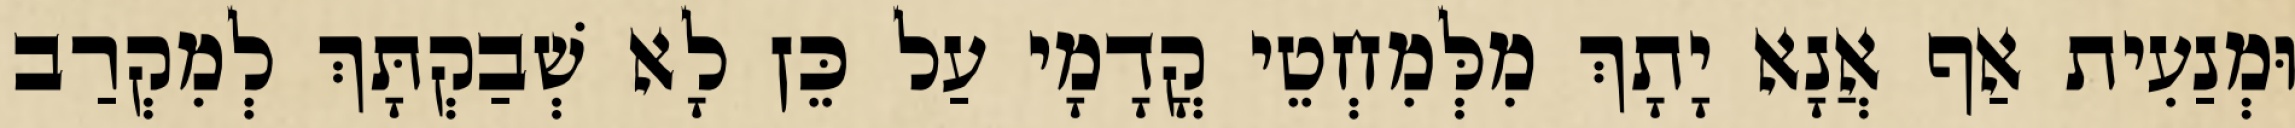
וּמְנַעִית אַף אֲנָא יָתָךְ מִלְּמִחְטֵי קֳדָמָי עַל כֵּן לָא שְׁבַקְתָּךְ לְמִקְרַב